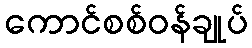
ကောင်စစ်ဝန်ချုပ်